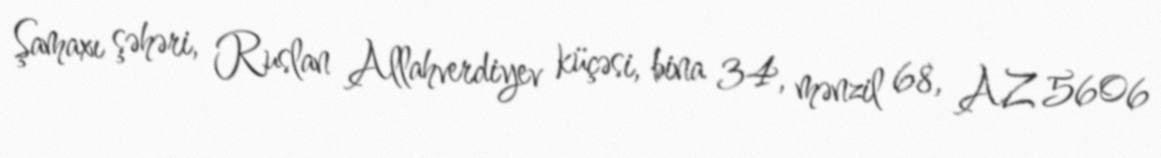
Şamaxı şəhəri, Ruslan Allahverdiyev küçəsi, bina 34, mənzil 68, AZ 5606